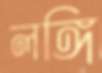
লঙ্গি